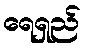
ရေရှည်